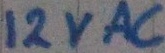
Text: 12VAC